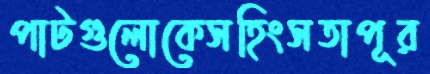
পাটগুলোকেসহিংসতাপূর